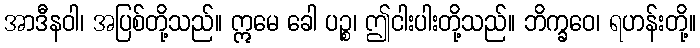
အာဒီနဝါ၊ အပြစ်တို့သည်။ ဣမေ ခေါ ပဉ္စ၊ ဤငါးပါးတို့သည်။ ဘိက္ခဝေ၊ ရဟန်းတို့။